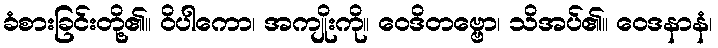
ခံစားခြင်းတို့၏။ ဝိပါကော၊ အကျိုးကို။ ဝေဒိတဗ္ဗော၊ သိအပ်၏။ ဝေဒနာနံ၊